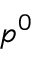
p ^ { 0 }